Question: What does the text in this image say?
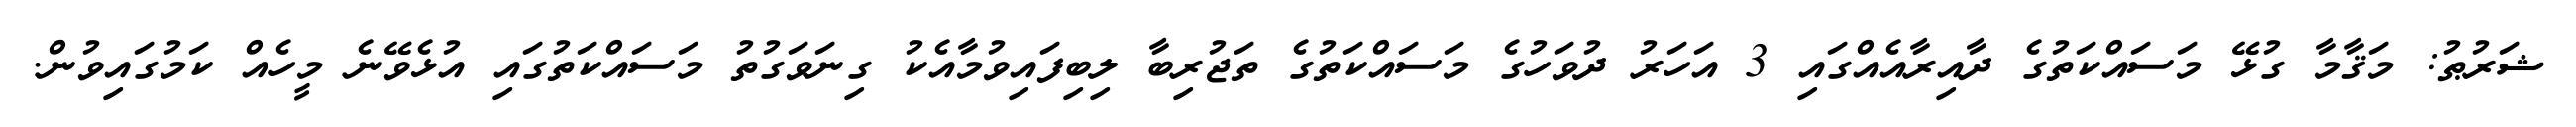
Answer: ޝަރުޠު: މަޤާމާ ގުޅޭ މަސައްކަތުގެ ދާއިރާއެއްގައި 3 އަހަރު ދުވަހުގެ މަސައްކަތުގެ ތަޖުރިބާ ލިބިފައިވުމާއެކު ގިނަވަގުތު މަސައްކަތުގައި އުޅެވޭނެ މީހެއް ކަމުގައިވުން.